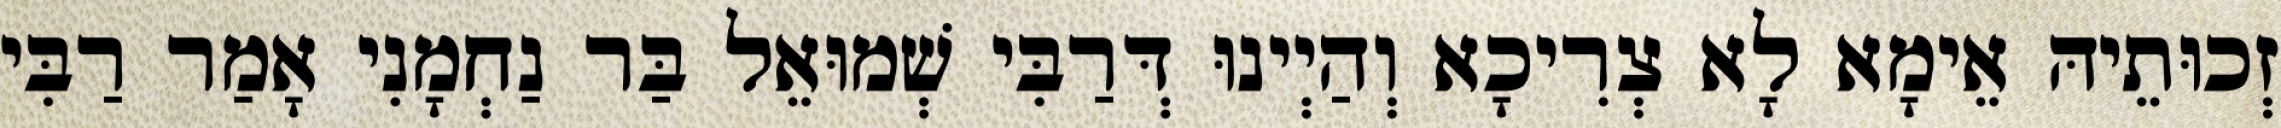
זְכוּתֵיהּ אֵימָא לָא צְרִיכָא וְהַיְינוּ דְּרַבִּי שְׁמוּאֵל בַּר נַחְמָנִי אָמַר רַבִּי